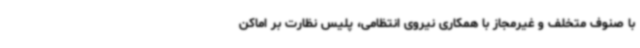
با صنوف متخلف و غیرمجاز با همکاری نیروی انتظامی، پلیس نظارت بر اماکن